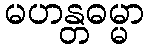
မဟန္တဓမ္မာ